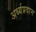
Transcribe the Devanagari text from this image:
अर्ध्यप्रदान